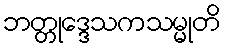
ဘတ္တုဒ္ဒေသကသမ္မုတိ